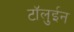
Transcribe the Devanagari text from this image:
टॉलुईन